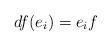
\begin{align*}df(e_i) = e_i f \end{align*}